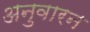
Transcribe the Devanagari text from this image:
अनुवारन